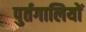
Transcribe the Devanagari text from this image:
पुर्तगालियोें